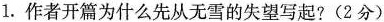
1.作者开篇为什么先从无雪的失望写起?(2分)